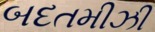
બદતમીઝી